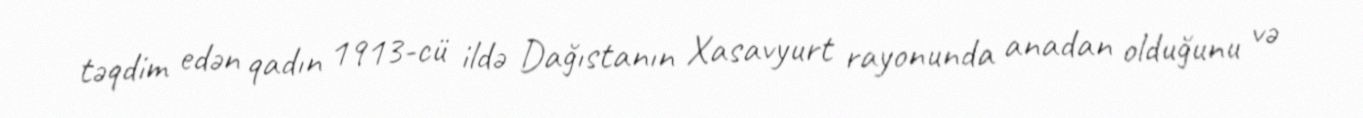
təqdim edən qadın 1913-cü ildə Dağıstanın Xasavyurt rayonunda anadan olduğunu və